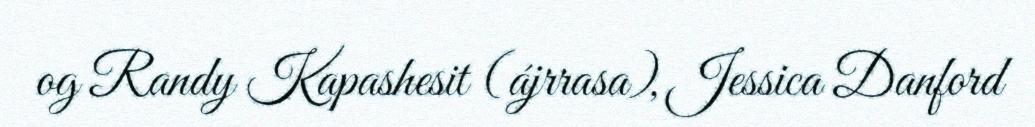
og Randy Kapashesit (ájrrasa), Jessica Danford